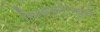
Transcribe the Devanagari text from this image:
खिडकीमधून